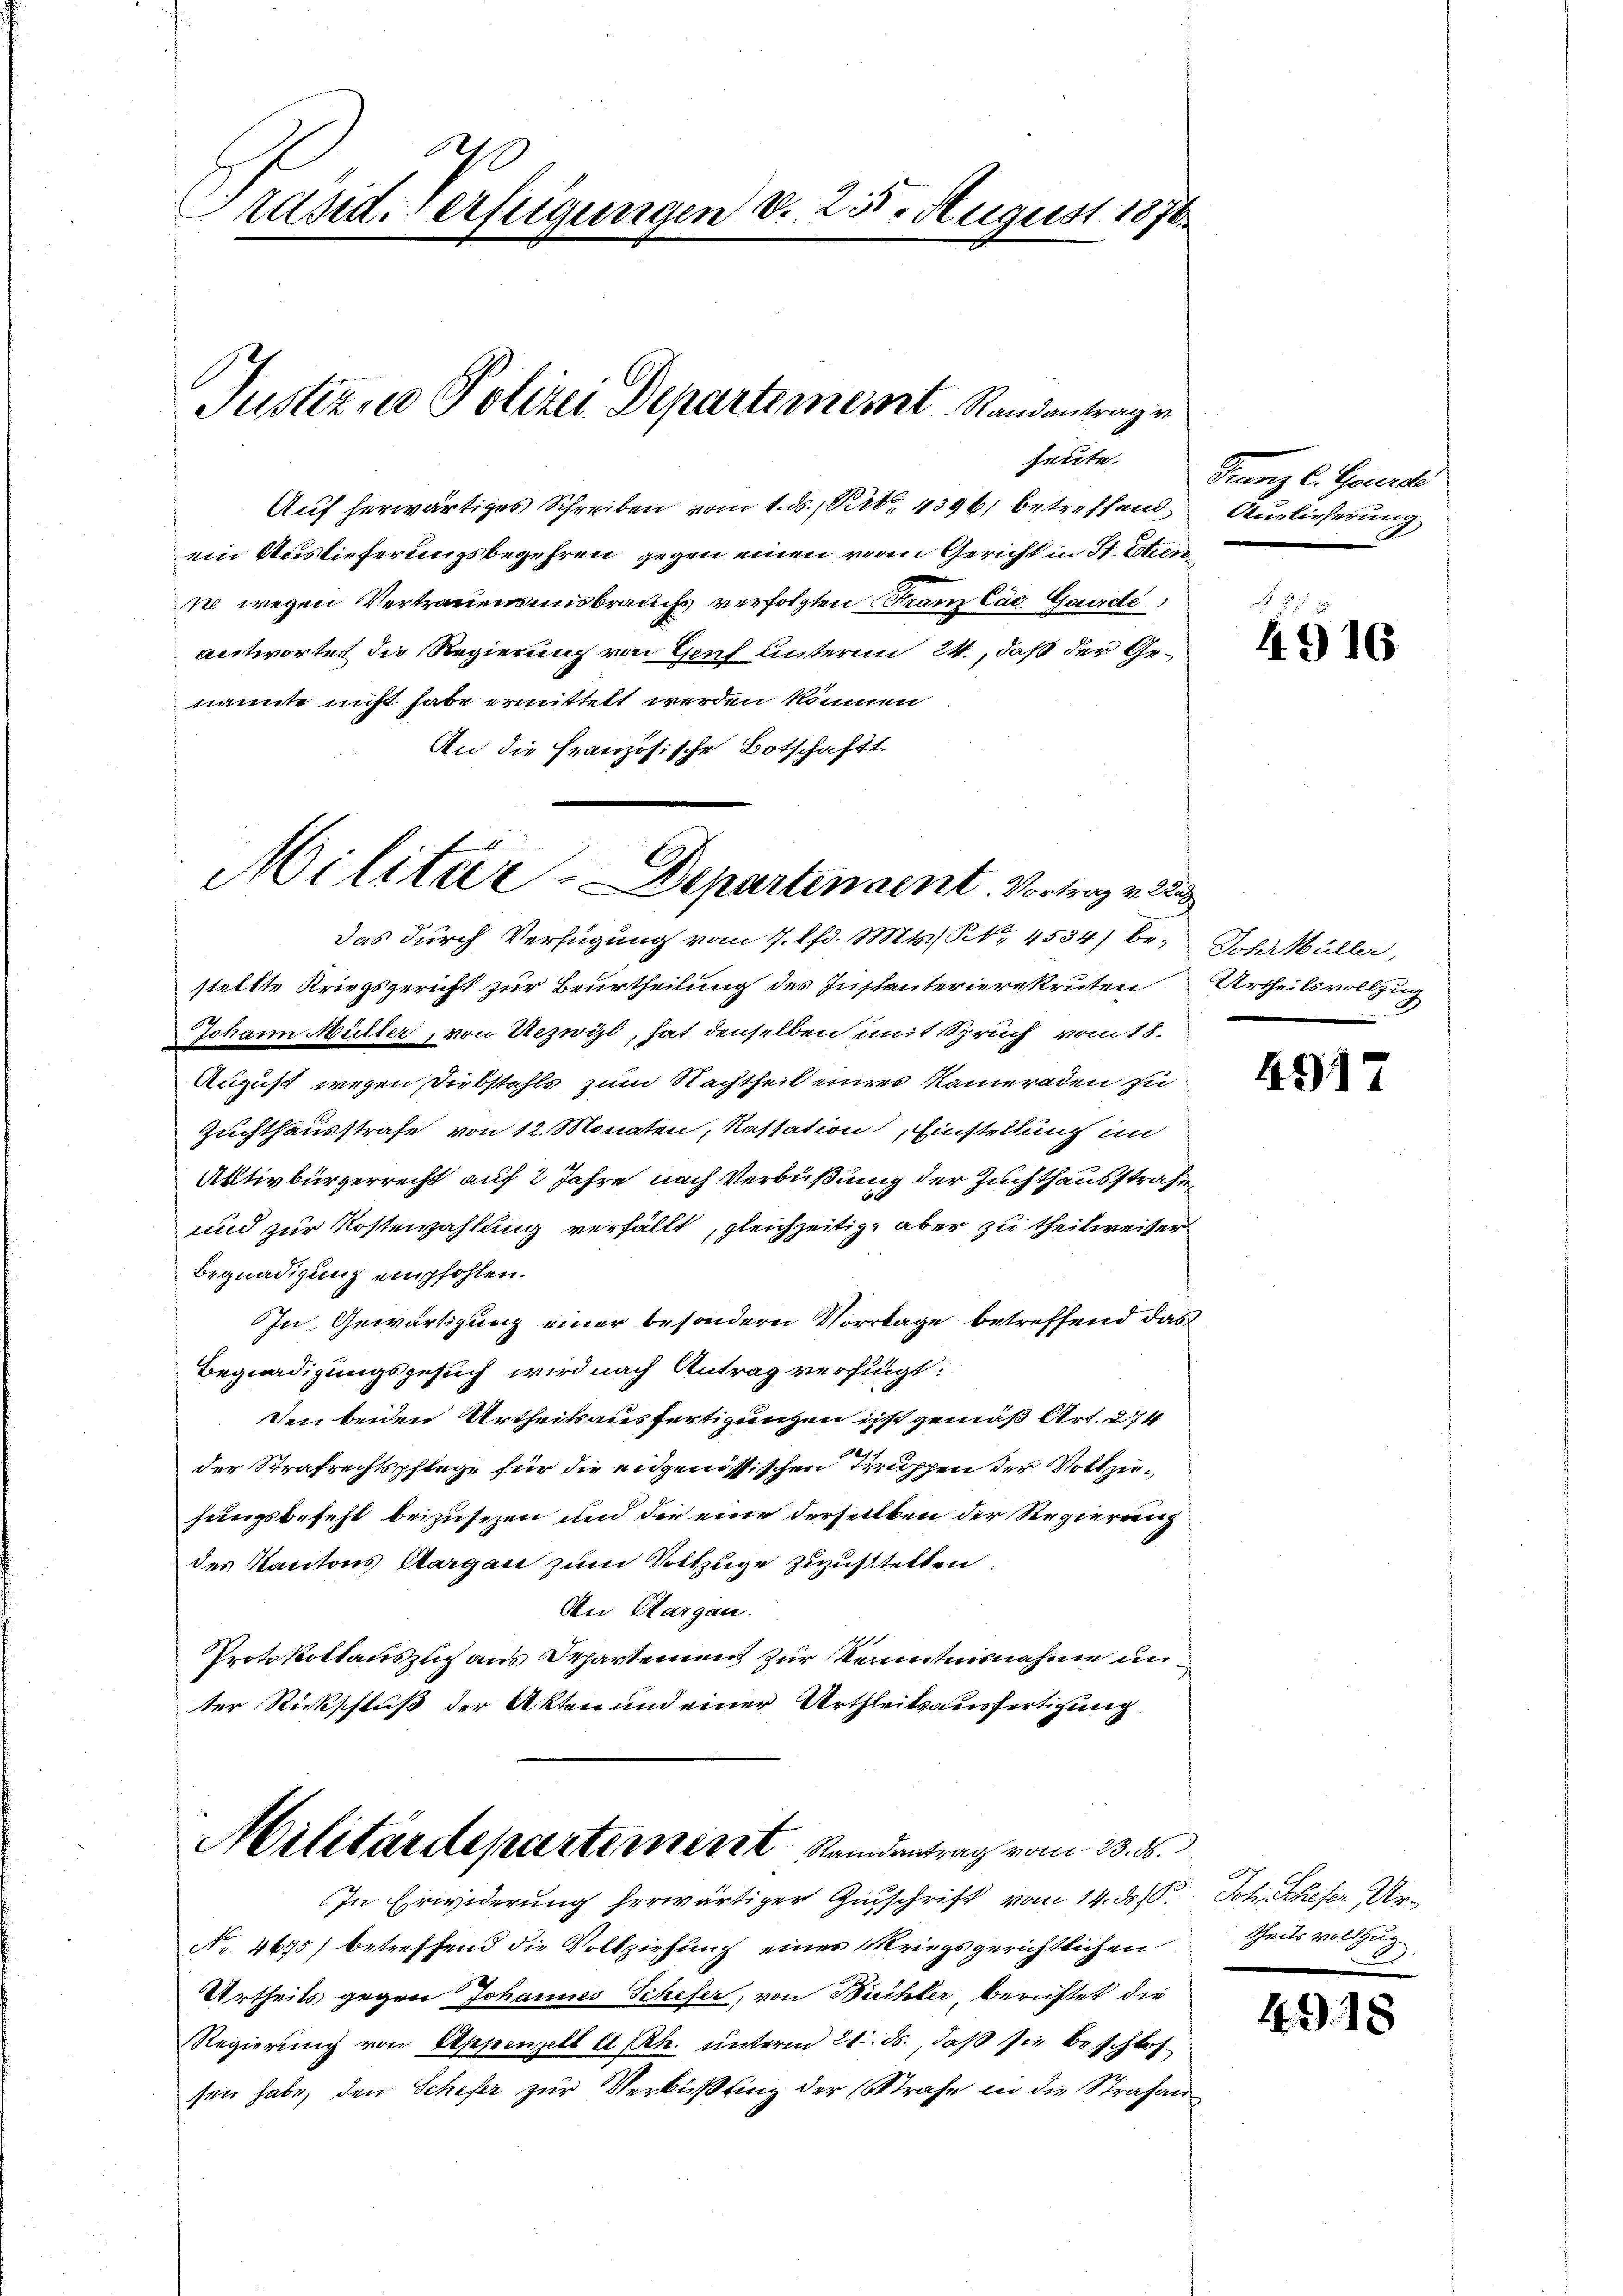
290
tand. Verfügungen d. 255. August 1876.

Justiz, Polizei Departement Randantragen

heute.

Auf herwärtiges Schreiben vom 1. ds., Pert. 4396) betreffend Auslieferung
ein Auslieferungsbegehren gegen einen vom Gericht in St. Etienne wegen Vertrauensmisbrauchs verfolgten Franz Cac. Grade
antwortet die Regierung von Genf unterm 24., daß der Genannte nicht habe ermittelt werden können
An die Französische Botschaft.

b
Militar-Departennent. Vortrag v. 22
das durch Verfügung vom 7. d. Mts. S. 4534) be-Johrtüller,

stellte Kriegsgericht zur Beurtheilung des Instanterierekruten
Johann Müller, von Uezwyl, hat denselben mit Spruch vom 18.
August wegen Diebstahls zum Nachtheil einer Kameraden zu
Zuchthausstrafe von 12. Monaten, Kassation, Einstellung im
Aktivbürgerrecht auf 2 Jahre nach Verbüßung der Zuchthausstrafe
und zur Kostenzahlung verfällt, gleichzeitig, aber zu theilweiser
Begnadigung empfohlen.
In Gewärtigung einer besondern Vorrtage betreffend das
Begnadigungsgesuch wird nach Antrag verfingt:
Den beiden Urtheilsausfertigungen ist gemäß Art. 274
der Strafrechtspflege für die engenössischen Truppen der Vollziehungsbefehl beizusezen und die eine derselben der Regierung
des Kantons Aargau zum Vollzuge zuzustelten.
An Aargau.
Protokollauszug aus Schartemen zur Kenntnisnahme un
ter Rückschluß der Akten und einer Urtheilsausfertigung
Militärdepartement Randantrag vom 23. ds.
In Erwiderung herwärtiger Zuschrift vom 14. d. 10.
No. 4695) betreffend die Vollziehung eines Kriegsgerichtlichen
Urtheils gegen Johannes Schefer, von Bühler, berichtet die
Regierung von Appenzell A.-Rh. unterm 21. ds., daß sie beschlossen habe, den Schifer zur Verküßung der Strafe in die Strafan¬

Franz l. Generdi

4916

Urtheilsvollzug

4917

Schatheser Urtheils vollzug

4.9.1